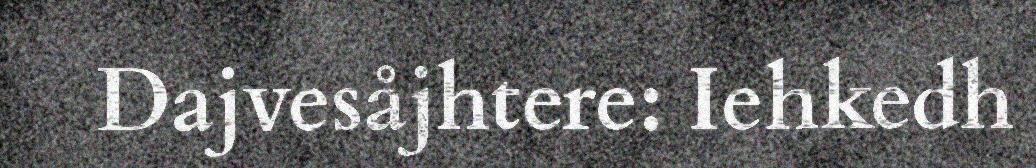
Dajvesåjhtere: Iehkedh